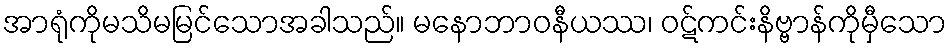
အာရုံကိုမသိမမြင်သောအခါသည်။ မနောဘာဝနီယဿ၊ ဝဋ်ကင်းနိဗ္ဗာန်ကိုမှီသော